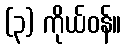
(၃) ကိုယ်ဝန်။